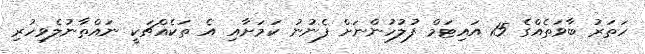
ހަތަރު ބާވަތެއްގެ 15 އައިޓަމް ފުލުހުންނަށް ފެނުނު ކަމަށާއި އެ ތަކެއްޗަކީ ނައްތާނުލެވިހުރި